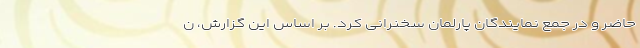
حاضر و در جمع نمایندگان پارلمان سخنرانی کرد. بر اساس این گزارش، ن